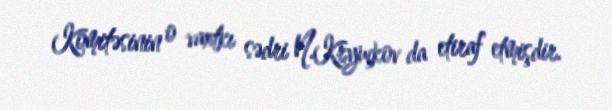
Komitəsinin o vaxtkı sədri N.Kryuçkov da etiraf etmişdir.